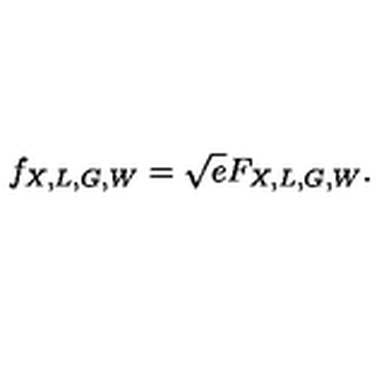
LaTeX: f _ { X , L , G , W } = \sqrt { e } F _ { X , L , G , W } .